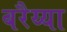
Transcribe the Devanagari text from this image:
बरैय्या